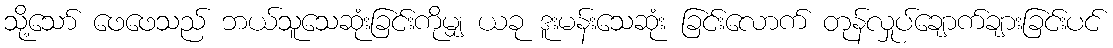
သို့သော် ဖေဖေသည် ဘယ်သူသေဆုံးခြင်းကိုမျှ ယခု ဒူးမန်းသေဆုံး ခြင်းလောက် တုန်လှုပ်ချောက်ချားခြင်းပင်